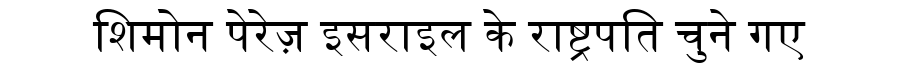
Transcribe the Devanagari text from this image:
शिमोन पेरेज़ इसराइल के राष्ट्रपति चुने गए